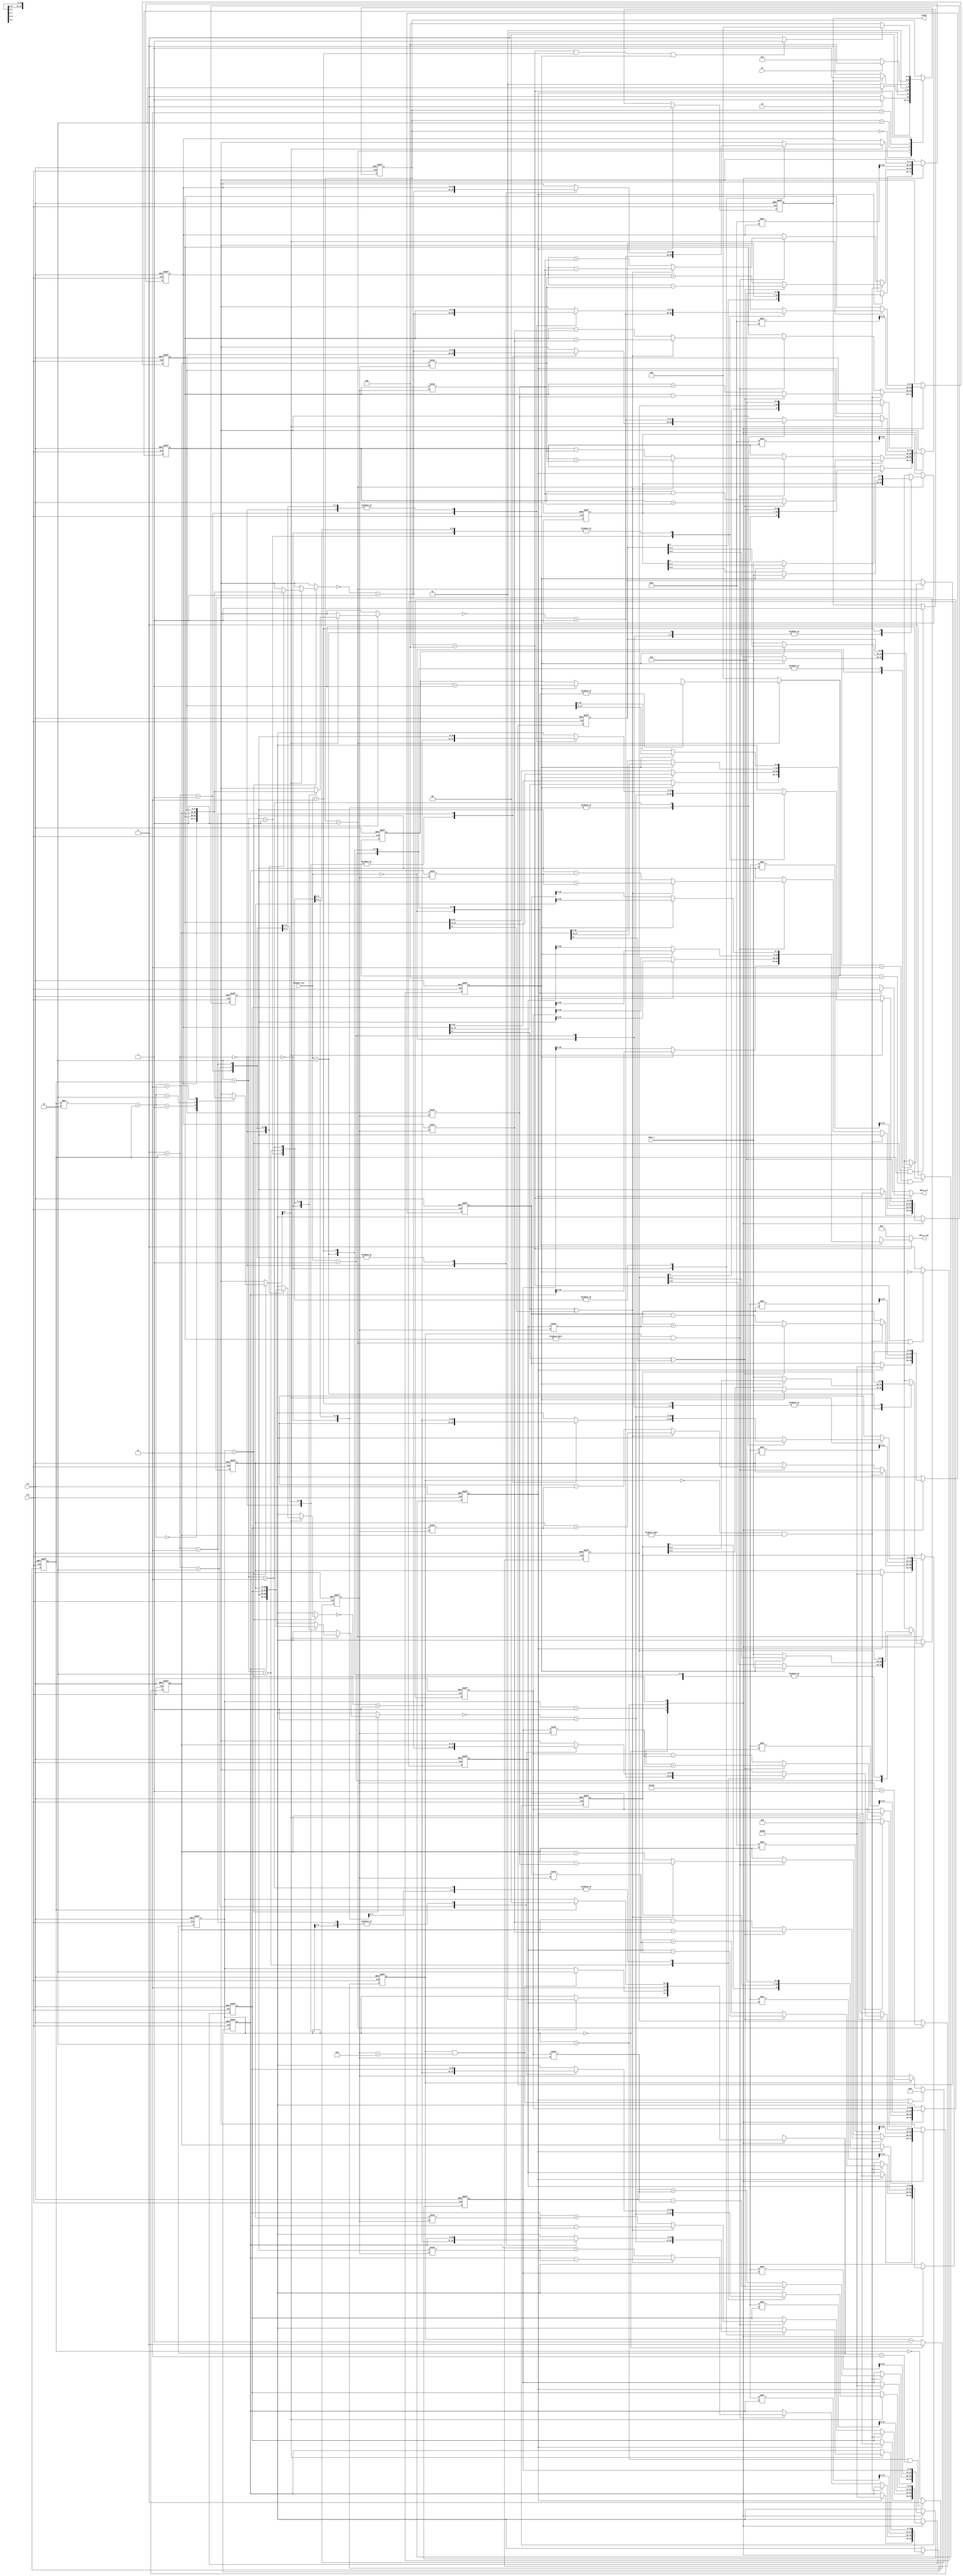
`timescale 1ns/10ps
module SVD (
    clk,
    rst,
    we,
    oe,
    data_i,
    element_sel,
    //output
    ready,
    data_o_UV,
    data_o_S
);

input                clk;
input                rst;
input                we;
input                oe;
input         [1:0]  element_sel;

//element of matrix A
input         [4:0]  data_i;

//element of matrix U S V 
output reg           ready;
output        [7:0]  data_o_UV;
output        [6:0]  data_o_S;

parameter STAND_BY   = 3'd0;
parameter DATA_IN    = 3'd1;
parameter CACULATION = 3'd2;
parameter READY      = 3'd3;
parameter DATA_OUT   = 3'd4;

parameter INPUT_0    = 2'd0;
parameter INPUT_1    = 2'd1;
parameter INPUT_2    = 2'd2;
parameter INPUT_3    = 2'd3;

parameter OUTPUT_0   = 2'd0;
parameter OUTPUT_1   = 2'd1;
parameter OUTPUT_2   = 2'd2;
parameter OUTPUT_3   = 2'd3;

wire                 next_start;
wire                 next_output_bit_sel;
wire                 finish;

reg           [2:0]  state;
reg           [2:0]  next_state;

reg                  start;
reg                  output_bit_sel;
reg           [2:0]  element_cnt;
reg           [2:0]  next_element_cnt;

reg    signed [9:0]  a0_i;
reg    signed [9:0]  a1_i;
reg    signed [9:0]  a2_i;
reg    signed [9:0]  a3_i;
reg    signed [9:0]  next_a0_i;
reg    signed [9:0]  next_a1_i;
reg    signed [9:0]  next_a2_i;
reg    signed [9:0]  next_a3_i;

reg           [7:0]  data_o_UV_r;
reg           [6:0]  data_o_S_r;

// cordic variable

wire   signed [13:0] S0, S1, S2, S3;        //S: 8 integer, 5 fragment
wire   signed [7:0]  U0, U1, U2, U3;
wire   signed [7:0]  V0, V1, V2, V3;

reg    signed [10:0] U[0:1][0:1],           //1 sign, 1 integer, 9 fragment
                     U_next[0:1][0:1],
                     V[0:1][0:1],
                     V_next[0:1][0:1];
reg    signed [17:0] S[0:1][0:1],           //1 sign, 8 integer, 9 fragment
                     S_next[0:1][0:1];

reg                  uv_count;
wire                 uv_count_next;
reg           [3:0]  i_count;
wire          [3:0]  i_count_next;
reg                  ref_count;
wire                 ref_count_next;
reg           [1:0]  state_c, 
                     state_c_next;

reg    signed [26:0] temp_S[0:1][0:1];
reg    signed [19:0] temp_U[0:1][0:1],
                     temp_V[0:1][0:1];

parameter UV_COUNT  = 1'd1;
parameter I_COUNT   = 4'd9;
parameter REF_COUNT = 1'd1;

parameter WAIT      = 2'd0;
parameter ROTATE    = 2'd1;
parameter MULTIPLY  = 2'd2;
parameter REFLECT   = 2'd3;

wire signed [17:0] KS  = 18'b0_0000_0000_010_111_100;
wire signed [10:0] KUV = 11'b0_0_100_110_101;

integer i, j;

//================================= SVD interface =================================

assign next_start  = (element_cnt == 3'd3 && next_element_cnt == 3'd4)? 1'd1 : 1'd0;
assign next_output_bit_sel = (state == DATA_OUT || state == DATA_IN)? ~output_bit_sel : 1'd0; 
assign finish = (state == DATA_OUT && element_sel == OUTPUT_3 && output_bit_sel == 1'd1)? 1'd1 : 1'd0;

assign data_o_UV   = data_o_UV_r;
assign data_o_S   = data_o_S_r;

// next_state logic 
always@(*) begin
    case(state)
        STAND_BY:begin
            if(we == 1'd1) next_state = DATA_IN;
            else next_state = STAND_BY;
        end
        DATA_IN:begin
            if(start == 1'd1) next_state = CACULATION;
            else next_state = DATA_IN;
        end
        CACULATION:begin
            if(ready == 1'd1) next_state = READY;
            else next_state = CACULATION;
        end
        READY:begin
            if(oe == 1'd1) next_state = DATA_OUT;
            else next_state = READY;
        end
        DATA_OUT:begin
            if(finish == 1'd1) next_state = STAND_BY;
            else next_state = DATA_OUT;
        end
        default:next_state = state;
    endcase
end

// state logic
always@(*) begin
    next_a0_i        = a0_i;
    next_a1_i        = a1_i;
    next_a2_i        = a2_i;
    next_a3_i        = a3_i;
    next_element_cnt = 3'd0;
    data_o_UV_r      = 8'd0;
    data_o_S_r       = 7'd0;
    case(state)
        DATA_IN:begin
            case(element_sel)
                INPUT_0: begin
                    if(output_bit_sel == 1'd0) begin
                        next_a0_i[4:0] = data_i;
                        next_element_cnt = element_cnt;
                    end
                    else begin
                        next_a0_i[9:5] = data_i;
                        next_element_cnt = element_cnt + 3'd1;
                    end
                end
                INPUT_1:begin
                    if(output_bit_sel == 1'd0) begin
                        next_a1_i[4:0] = data_i;
                        next_element_cnt = element_cnt;
                    end
                    else begin
                        next_a1_i[9:5] = data_i;
                        next_element_cnt = element_cnt + 3'd1;
                    end
                end
                INPUT_2:begin
                    if(output_bit_sel == 1'd0) begin
                        next_a2_i[4:0] = data_i;
                        next_element_cnt = element_cnt;
                    end
                    else begin
                        next_a2_i[9:5] = data_i;
                        next_element_cnt = element_cnt + 3'd1;
                    end
                end
                INPUT_3:begin 
                    if(output_bit_sel == 1'd0) begin
                        next_a3_i[4:0] = data_i;
                        next_element_cnt = element_cnt;
                    end
                    else begin
                        next_a3_i[9:5] = data_i;
                        next_element_cnt = element_cnt + 3'd1;
                    end
                end
            endcase
        end
        DATA_OUT:begin
            case(element_sel)
                OUTPUT_0: begin
                    if(output_bit_sel == 1'd0) begin
                        data_o_UV_r = U0[7:0];
                        data_o_S_r  = S0[6:0];
                    end
                    else begin
                        data_o_UV_r = V0[7:0];
                        data_o_S_r  = S0[13:7];
                    end
                end
                OUTPUT_1: begin
                    if(output_bit_sel == 1'd0) begin
                        data_o_UV_r = U1[7:0];
                        data_o_S_r  = S1[6:0];
                    end
                    else begin
                        data_o_UV_r = V1[7:0];
                        data_o_S_r  = S1[13:7];
                    end
                end
                OUTPUT_2: begin
                    if(output_bit_sel == 1'd0) begin
                        data_o_UV_r = U2[7:0];
                        data_o_S_r  = S2[6:0];
                    end
                    else begin
                        data_o_UV_r = V2[7:0];
                        data_o_S_r  = S2[13:7];
                    end
                end
                OUTPUT_3: begin
                    if(output_bit_sel == 1'd0) begin
                        data_o_UV_r = U3[7:0];
                        data_o_S_r  = S3[6:0];
                    end
                    else begin
                        data_o_UV_r = V3[7:0];
                        data_o_S_r  = S3[13:7];
                    end
                end
            endcase
        end
        default:begin
            next_a0_i        = a0_i;
            next_a1_i        = a1_i;
            next_a2_i        = a2_i;
            next_a3_i        = a3_i;
            next_element_cnt = 3'd0;
            data_o_UV_r      = 8'd0;
            data_o_S_r       = 7'd0;
        end
    endcase
end


//================================= cordic calculation =================================

assign uv_count_next  = (state_c == WAIT)? 1'd0: uv_count + 1'b1;
assign i_count_next   = (start == 1'd1 || (uv_count == UV_COUNT && i_count == I_COUNT))? 
                            4'd0: (uv_count == UV_COUNT)? i_count + 4'd1: i_count;
assign ref_count_next = (state_c == MULTIPLY && state_c_next == REFLECT)? 1'd0: ~ref_count;
assign ready_next = (start == 1'd1)? 1'd0: (state_c == REFLECT && ref_count == REF_COUNT)? 1'd1: ready;

assign S0 = S[0][0] >>> 4;
assign S1 = S[0][1] >>> 4;
assign S2 = S[1][0] >>> 4;
assign S3 = S[1][1] >>> 4;

assign U0 = U[0][0] >>> 3;
assign U1 = U[0][1] >>> 3;
assign U2 = U[1][0] >>> 3;
assign U3 = U[1][1] >>> 3;

assign V0 = V[0][0] >>> 3;
assign V1 = V[0][1] >>> 3;
assign V2 = V[1][0] >>> 3;
assign V3 = V[1][1] >>> 3;

// calculation state
always@(*) begin
    state_c_next = state_c;
    case(state_c)
        WAIT:     if(start == 1'd1) state_c_next = ROTATE;
        ROTATE:   if(uv_count == UV_COUNT && i_count == I_COUNT) state_c_next = MULTIPLY;
        MULTIPLY: state_c_next = REFLECT;
        REFLECT:  if(ref_count == REF_COUNT) state_c_next = WAIT;
    endcase
end

always@(*) begin
    S_next[0][0] = S[0][0];
    S_next[0][1] = S[0][1];
    S_next[1][0] = S[1][0];
    S_next[1][1] = S[1][1];

    U_next[0][0] = U[0][0];
    U_next[0][1] = U[0][1];
    U_next[1][0] = U[1][0];
    U_next[1][1] = U[1][1];

    V_next[0][0] = V[0][0];
    V_next[0][1] = V[0][1];
    V_next[1][0] = V[1][0];
    V_next[1][1] = V[1][1];

    case(state_c)
        WAIT: begin
            if(start == 1'd1) begin
                S_next[0][0] = $signed({ {2{a0_i[9]}}, a0_i[8:0], 7'b0 });
                S_next[0][1] = $signed({ {2{a1_i[9]}}, a1_i[8:0], 7'b0 });
                S_next[1][0] = $signed({ {2{a2_i[9]}}, a2_i[8:0], 7'b0 });
                S_next[1][1] = $signed({ {2{a3_i[9]}}, a3_i[8:0], 7'b0 });

                U_next[0][0] = 11'd512;
                U_next[0][1] = 11'd0;
                U_next[1][0] = 11'd0;
                U_next[1][1] = 11'd512;

                V_next[0][0] = 11'd512;
                V_next[0][1] = 11'd0;
                V_next[1][0] = 11'd0;
                V_next[1][1] = 11'd512;
            end
        end
        ROTATE: begin
            if(uv_count == 1'd0 && S[1][0] != $signed(18'd0)) begin // left rotation, U
                if(S[0][0][17] ^ S[1][0][17]) begin
                    S_next[0][0] = S[0][0] - (S[1][0] >>> i_count);
                    S_next[1][0] = S[1][0] + (S[0][0] >>> i_count);
                    S_next[0][1] = S[0][1] - (S[1][1] >>> i_count);
                    S_next[1][1] = S[1][1] + (S[0][1] >>> i_count);
    
                    U_next[0][0] = U[0][0] - (U[0][1] >>> i_count);
                    U_next[0][1] = U[0][1] + (U[0][0] >>> i_count);
                    U_next[1][0] = U[1][0] - (U[1][1] >>> i_count);
                    U_next[1][1] = U[1][1] + (U[1][0] >>> i_count);
                end
                else begin
                    S_next[0][0] = S[0][0] + (S[1][0] >>> i_count);
                    S_next[1][0] = S[1][0] - (S[0][0] >>> i_count);
                    S_next[0][1] = S[0][1] + (S[1][1] >>> i_count);
                    S_next[1][1] = S[1][1] - (S[0][1] >>> i_count);
                    
                    U_next[0][0] = U[0][0] + (U[0][1] >>> i_count);
                    U_next[0][1] = U[0][1] - (U[0][0] >>> i_count);
                    U_next[1][0] = U[1][0] + (U[1][1] >>> i_count);
                    U_next[1][1] = U[1][1] - (U[1][0] >>> i_count);
                end
            end
            else if(uv_count == 1'd1 && S[0][1] != $signed(18'd0))begin
                if(S[0][0][17] ^ S[0][1][17]) begin // right rotation V
                    S_next[0][0] = S[0][0] - (S[0][1] >>> i_count);
                    S_next[0][1] = S[0][1] + (S[0][0] >>> i_count);
                    S_next[1][0] = S[1][0] - (S[1][1] >>> i_count);
                    S_next[1][1] = S[1][1] + (S[1][0] >>> i_count);
    
                    V_next[0][0] = V[0][0] - (V[0][1] >>> i_count);
                    V_next[0][1] = V[0][1] + (V[0][0] >>> i_count);
                    V_next[1][0] = V[1][0] - (V[1][1] >>> i_count);
                    V_next[1][1] = V[1][1] + (V[1][0] >>> i_count);
                end
                else begin
                    S_next[0][0] = S[0][0] + (S[0][1] >>> i_count);
                    S_next[0][1] = S[0][1] - (S[0][0] >>> i_count);
                    S_next[1][0] = S[1][0] + (S[1][1] >>> i_count);
                    S_next[1][1] = S[1][1] - (S[1][0] >>> i_count);
                    
                    V_next[0][0] = V[0][0] + (V[0][1] >>> i_count);
                    V_next[0][1] = V[0][1] - (V[0][0] >>> i_count);
                    V_next[1][0] = V[1][0] + (V[1][1] >>> i_count);
                    V_next[1][1] = V[1][1] - (V[1][0] >>> i_count);
                end
            end
        end
        MULTIPLY: begin
            temp_S[0][0] = KS * S[0][0];
            temp_S[0][1] = KS * S[0][1];
            temp_S[1][0] = KS * S[1][0];
            temp_S[1][1] = KS * S[1][1];

            temp_U[0][0] = KUV * U[0][0];
            temp_U[0][1] = KUV * U[0][1];
            temp_U[1][0] = KUV * U[1][0];
            temp_U[1][1] = KUV * U[1][1];

            temp_V[0][0] = KUV * V[0][0];
            temp_V[0][1] = KUV * V[0][1];
            temp_V[1][0] = KUV * V[1][0];
            temp_V[1][1] = KUV * V[1][1];

            S_next[0][0] = temp_S[0][0] >>> 9;//3;
            S_next[0][1] = temp_S[0][1] >>> 9;//3;
            S_next[1][0] = temp_S[1][0] >>> 9;//3;
            S_next[1][1] = temp_S[1][1] >>> 9;//3;

            U_next[0][0] = temp_U[0][0] >>> 9;//3;
            U_next[0][1] = temp_U[0][1] >>> 9;//3;
            U_next[1][0] = temp_U[1][0] >>> 9;//3;
            U_next[1][1] = temp_U[1][1] >>> 9;//3;

            V_next[0][0] = temp_V[0][0] >>> 9;//3;
            V_next[0][1] = temp_V[0][1] >>> 9;//3;
            V_next[1][0] = temp_V[1][0] >>> 9;//3;
            V_next[1][1] = temp_V[1][1] >>> 9;//3;
        end
        REFLECT: begin
            if(S[ref_count][ref_count][17] == 1'd1) begin
                S_next[0][ref_count] = $signed(~S[0][ref_count] + 18'd1);
                S_next[1][ref_count] = $signed(~S[1][ref_count] + 18'd1);
                V_next[0][ref_count] = $signed(~V[0][ref_count] + 11'd1);
                V_next[1][ref_count] = $signed(~V[1][ref_count] + 11'd1);
            end
        end
    endcase

end

always@(posedge clk or negedge rst) begin
	if(!rst) begin
        state           <= STAND_BY;
        start           <= 1'd0;
        element_cnt     <= 3'd0;
        output_bit_sel  <= 1'd0;
        a0_i            <= 10'd0;
        a1_i            <= 10'd0;
        a2_i            <= 10'd0;
        a3_i            <= 10'd0;
        //cordic
        for(i = 0; i != 2; i = i + 1) begin
            for(j = 0; j != 2; j = j + 1) begin
                S[i][j] <= 18'd0;
                U[i][j] <= 11'd0;
                V[i][j] <= 11'd0;
            end
        end
        ready           <= 1'd1;
        uv_count        <= 1'd0;
        i_count         <= 4'd0;
        ref_count       <= 1'd0;
        state_c         <= WAIT;
	end
	else begin
        state           <= next_state;
        start           <= next_start;
        element_cnt     <= next_element_cnt;
        output_bit_sel  <= next_output_bit_sel;
        a0_i            <= next_a0_i;
        a1_i            <= next_a1_i;
        a2_i            <= next_a2_i;
        a3_i            <= next_a3_i;
        //cordic
        for(i = 0; i != 2; i = i + 1) begin
            for(j = 0; j != 2; j = j + 1) begin
                S[i][j] <= S_next[i][j];
                U[i][j] <= U_next[i][j];
                V[i][j] <= V_next[i][j];
            end
        end
        ready           <= ready_next;
        uv_count        <= uv_count_next;
        i_count         <= i_count_next;
        ref_count       <= ref_count_next;
        state_c         <= state_c_next;
	end
end

endmodule